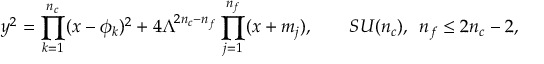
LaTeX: y ^ { 2 } = \prod _ { k = 1 } ^ { n _ { c } } ( x - \phi _ { k } ) ^ { 2 } + 4 \Lambda ^ { 2 n _ { c } - n _ { f } } \prod _ { j = 1 } ^ { n _ { f } } ( x + m _ { j } ) , \qquad S U ( n _ { c } ) , \, \, \, n _ { f } \le 2 n _ { c } - 2 ,